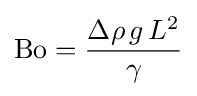
\mathrm {Bo} ={\frac {\Delta \rho \,g\,L^{2}}{\gamma }}